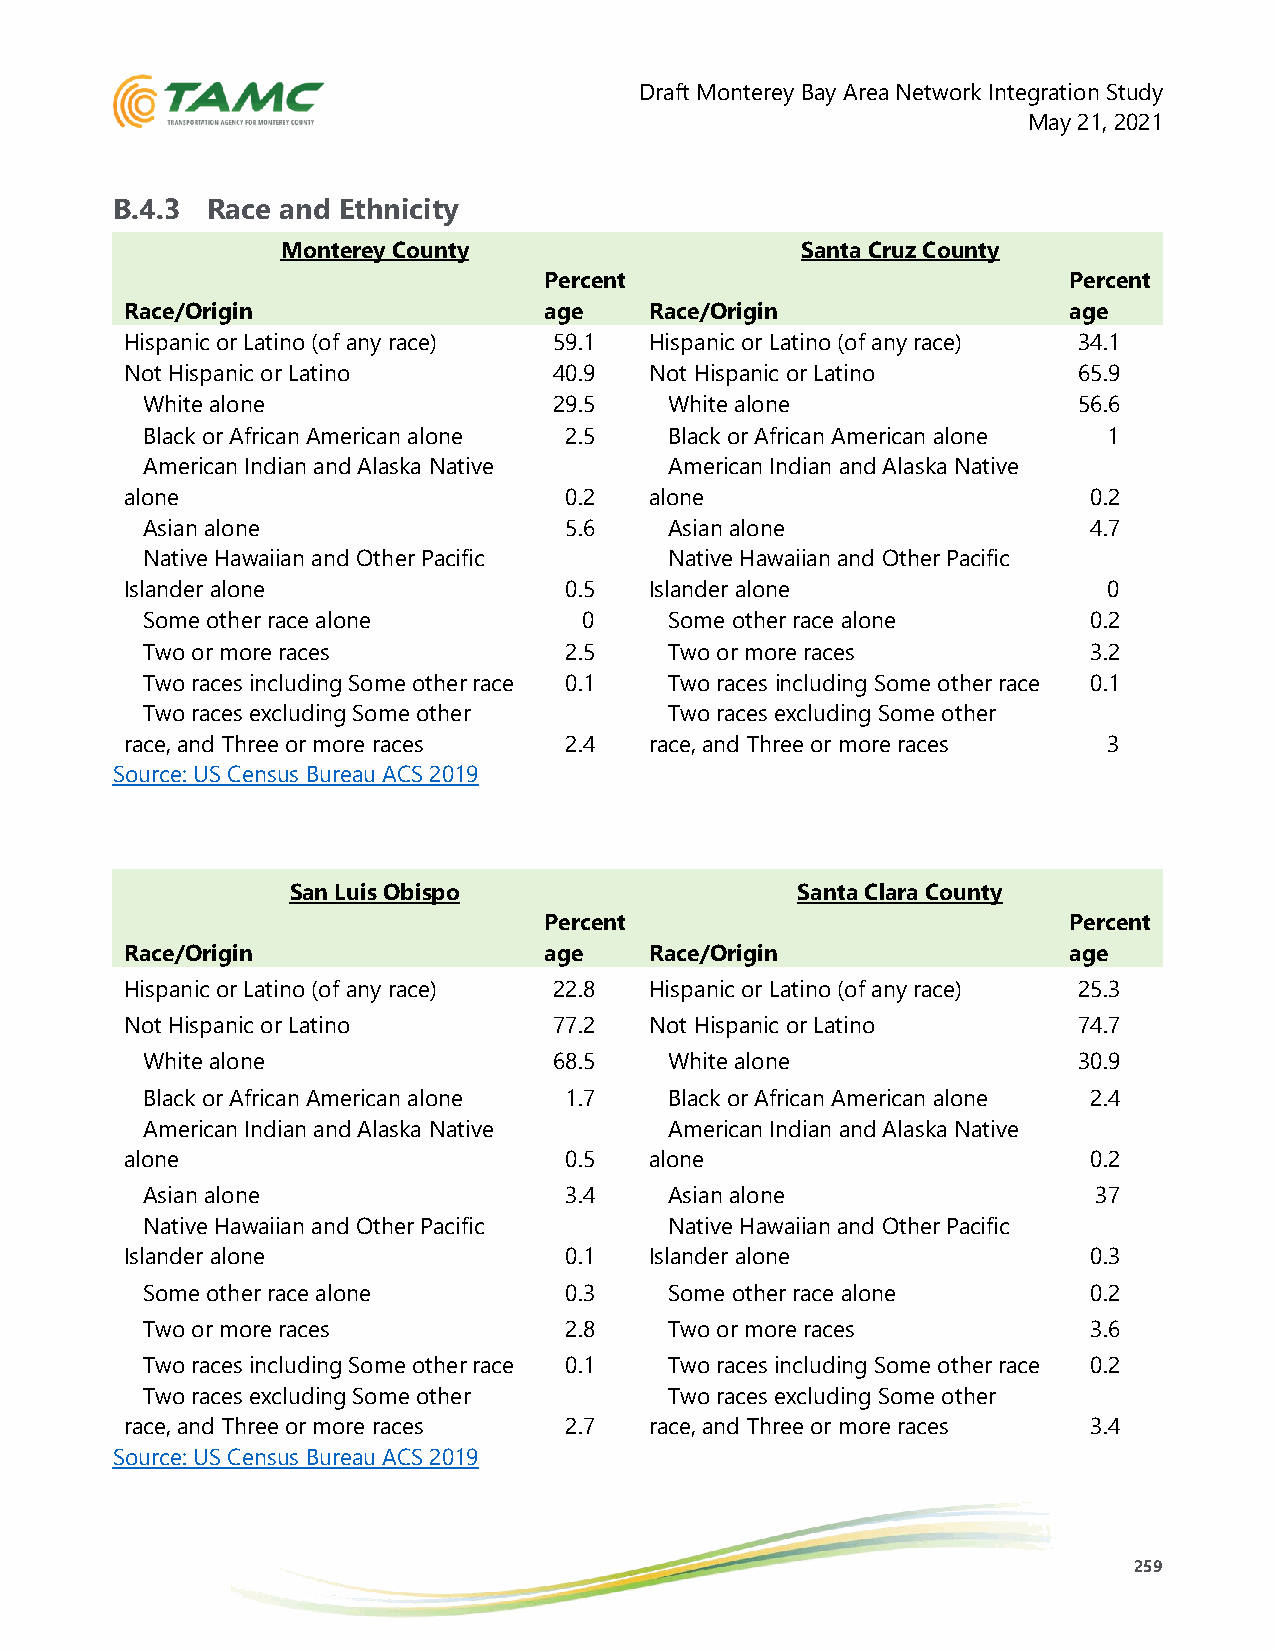
Draft Monterey Bay Area Network Integration Study
 May 21, 2021
 B.4.3  Race and Ethnicity
 Monterey County                   Santa Cruz County
 Percent                            Percent
 Race/Origin                 age    Race/Origin                 age
 Hispanic or Latino (of any race) 59.1 Hispanic or Latino (of any race) 34.1
 Not Hispanic or Latino       40.9  Not Hispanic or Latino      65.9
 White alone                 29.5   White alone                56.6
 Black or African American alone 2.5 Black or African American alone 1
 American Indian and Alaska Native  American Indian and Alaska Native
 alone                        0.2   alone                        0.2
 Asian alone                 5.6    Asian alone                 4.7
 Native Hawaiian and Other Pacific  Native Hawaiian and Other Pacific
 Islander alone               0.5   Islander alone                0
 Some other race alone         0    Some other race alone       0.2
 Two or more races           2.5    Two or more races           3.2
 Two races including Some other race 0.1 Two races including Some other race 0.1
 Two races excluding Some other     Two races excluding Some other
 race, and Three or more races 2.4  race, and Three or more races 3
 Source: US Census Bureau ACS 2019
 San Luis Obispo                   Santa Clara County
 Percent                            Percent
 Race/Origin                 age    Race/Origin                 age
 Hispanic or Latino (of any race) 22.8 Hispanic or Latino (of any race) 25.3
 Not Hispanic or Latino       77.2  Not Hispanic or Latino      74.7
 White alone                 68.5   White alone                30.9
 Black or African American alone 1.7 Black or African American alone 2.4
 American Indian and Alaska Native  American Indian and Alaska Native
 alone                        0.5   alone                        0.2
 Asian alone                 3.4    Asian alone                  37
 Native Hawaiian and Other Pacific  Native Hawaiian and Other Pacific
 Islander alone               0.1   Islander alone               0.3
 Some other race alone       0.3    Some other race alone       0.2
 Two or more races           2.8    Two or more races           3.6
 Two races including Some other race 0.1 Two races including Some other race 0.2
 Two races excluding Some other     Two races excluding Some other
 race, and Three or more races 2.7  race, and Three or more races 3.4
 Source: US Census Bureau ACS 2019
 259